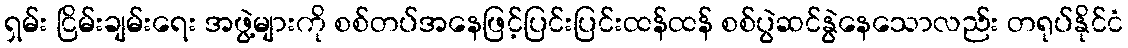
ရှမ်း ငြိမ်းချမ်းရေး အဖွဲ့များကို စစ်တပ်အနေဖြင့်ပြင်းပြင်းထန်ထန် စစ်ပွဲဆင်နွဲနေသောလည်း တရုပ်နိုင်ငံ